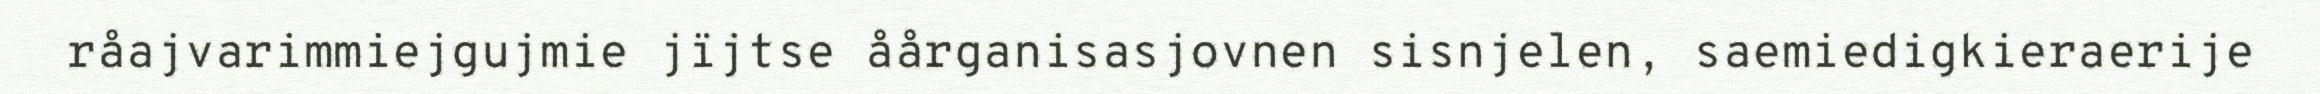
råajvarimmiejgujmie jïjtse åårganisasjovnen sisnjelen, saemiedigkieraerije